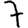
Digit: 7